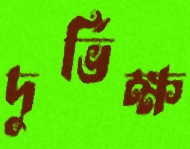
দুর্ভিক্ষ